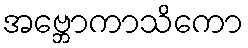
အဗ္ဘောကာသိကော